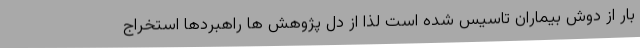
بار از دوش بیماران تاسیس شده است لذا از دل پژوهش ها راهبردها استخراج